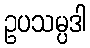
ဥပသမ္ပဒါ